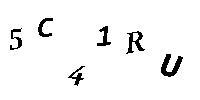
5C41RU